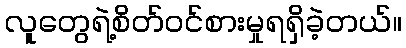
လူတွေရဲ့စိတ်ဝင်စားမှုရရှိခဲ့တယ်။